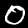
Label: 0